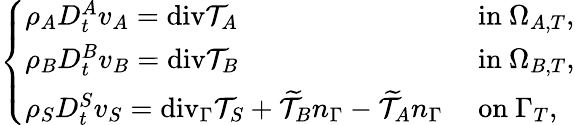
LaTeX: \left\{ \begin{array}{ll}{\rho_{A}D_{t}^{A}v_{A}=\mathrm{{div}}\mathcal{T}_{A}}&{\mathrm{~in~}\Omega_{A,T},}\\ {\rho_{B}D_{t}^{B}v_{B}={\mathrm{div}}\mathcal{T}_{B}}&{\mathrm{~in~}\Omega_{B,T},}\\ {\rho_{S}D_{t}^{S}v_{S}=\mathrm{{div}}_{\Gamma}\mathcal{T}_{S}+\widetilde{\mathcal{T}}_{B}n_{\Gamma}-\widetilde{\mathcal{T}}_{A}n_{\Gamma}}&{\mathrm{~on~}\Gamma_{T},}\end{array}\right.